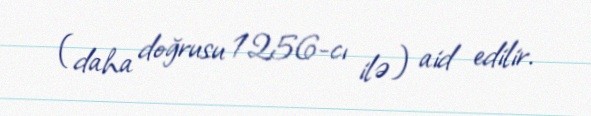
(daha doğrusu 1256-cı ilə) aid edilir.